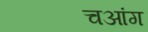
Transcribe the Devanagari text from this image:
चआंग